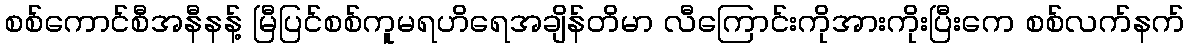
စစ်ကောင်စီအနီနန့် မြီပြင်စစ်ကူမရဟိရေအချိန်တိမာ လီကြောင်းကိုအားကိုးပြီးကေ စစ်လက်နက်